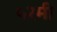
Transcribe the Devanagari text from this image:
५२मी